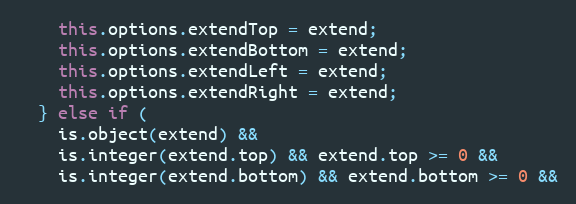
Language: JavaScript
    this.options.extendTop = extend;
    this.options.extendBottom = extend;
    this.options.extendLeft = extend;
    this.options.extendRight = extend;
  } else if (
    is.object(extend) &&
    is.integer(extend.top) && extend.top >= 0 &&
    is.integer(extend.bottom) && extend.bottom >= 0 &&